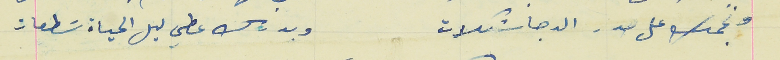
ونجمك على صدر الدجا شكلات                                وبدرك عطي ليل الحياة سَطعات